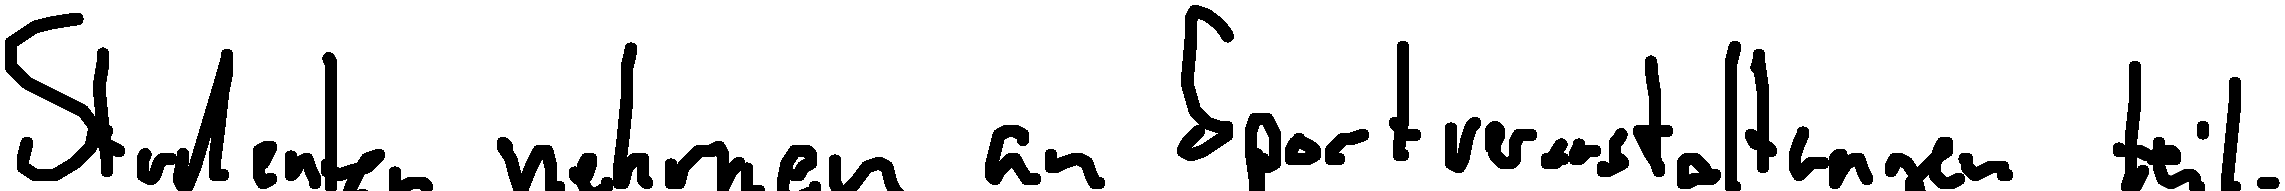
Studenten nehmen an Sportveranstaltungen teil.